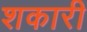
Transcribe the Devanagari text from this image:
शकारी